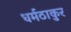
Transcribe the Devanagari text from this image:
धर्मठाकुर